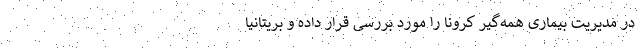
در مدیریت بیماری همه‌گیر کرونا را مورد بررسی قرار داده و بریتانیا